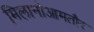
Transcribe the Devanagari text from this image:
मिलानोआमतौर